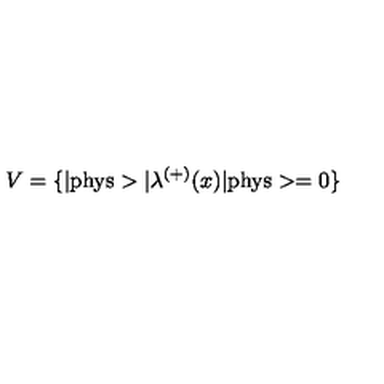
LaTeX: V = \{ | \mathrm { p h y s } > | { \lambda } ^ { ( + ) } ( x ) | \mathrm { p h y s } > = 0 \}